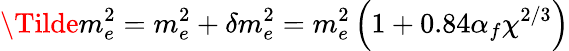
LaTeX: \Tilde{m}_{e}^{2}=m_{e}^{2}+\delta m_{e}^{2}=m_{e}^{2}\left(1+0.84\alpha_{f}\chi^{2/3}\right)